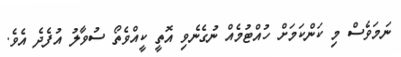
ނަމަވެސް މި ކަންކަމަށް ހުއްޓުމެއް ނުގެނެވި އޮތީ ކީއްވެތޯ ސުވާލު އުފެދެ އެވެ.